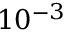
1 0 ^ { - 3 }